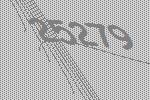
25279